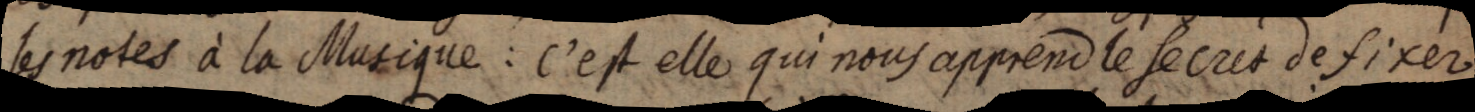
les notes à la Musique: c’est elle qui nous apprend le secret de fixer